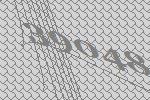
39048